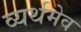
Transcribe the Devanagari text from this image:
व्यर्थमेव